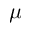
\mu